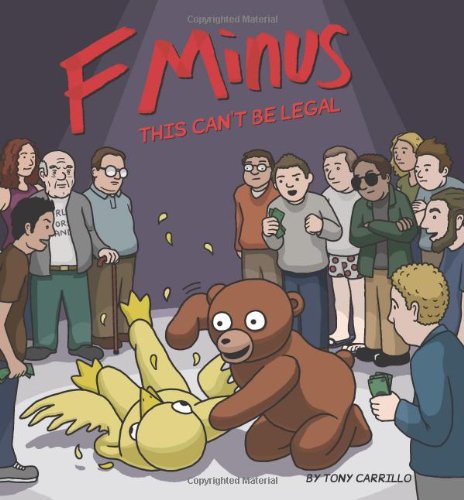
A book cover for This Can't Be Legal: An F Minus Collection; Tony Carrillo; Humor & Entertainment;